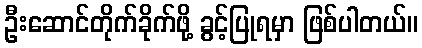
ဦးဆောင်တိုက်ခိုက်ဖို့ ခွင့်ပြုရမှာ ဖြစ်ပါတယ်။